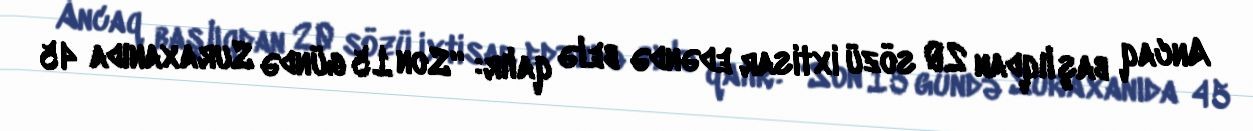
Ancaq başlıqdan 20 sözü ixtisar edəndə belə qalır: “Son 15 gündə Suraxanıda 45